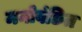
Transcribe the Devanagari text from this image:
मनोवंछित